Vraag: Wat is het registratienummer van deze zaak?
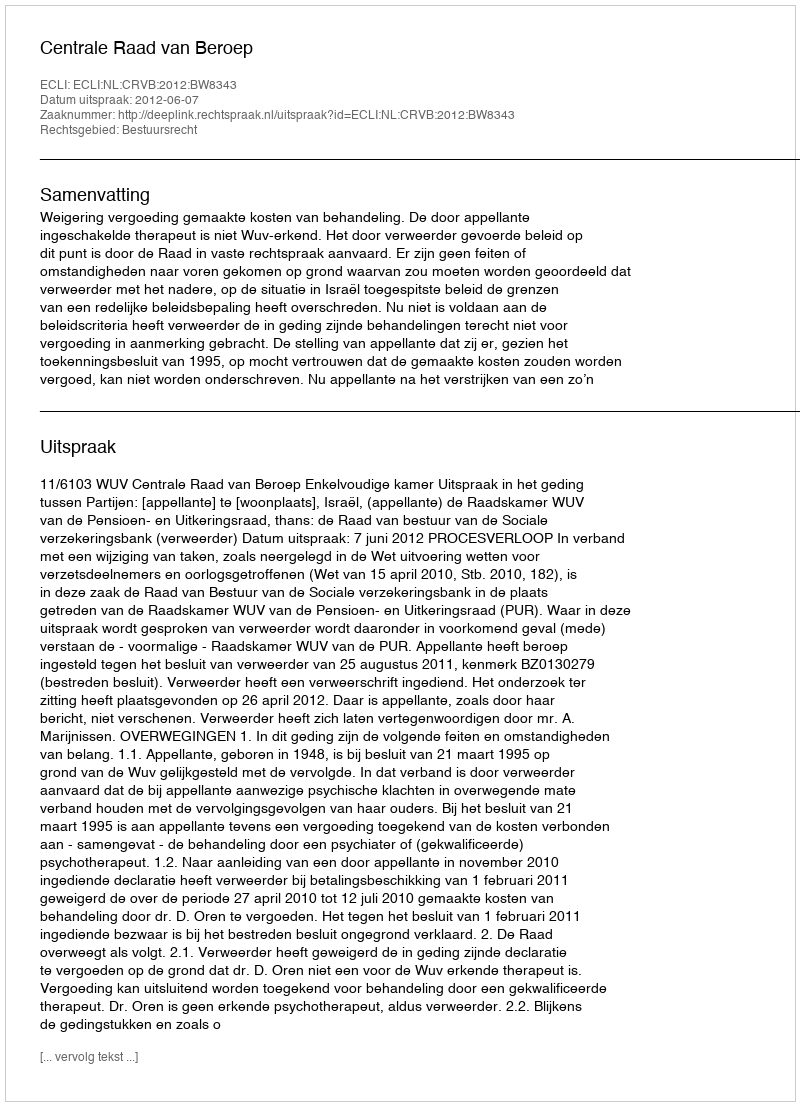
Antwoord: http://deeplink.rechtspraak.nl/uitspraak?id=ECLI:NL:CRVB:2012:BW8343